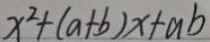
x ^ { 2 } + ( a + b ) x + a b